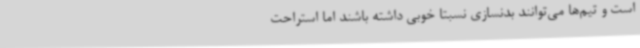
است و تیم‌ها می‌توانند بدنسازی نسبتا خوبی داشته باشند اما استراحت